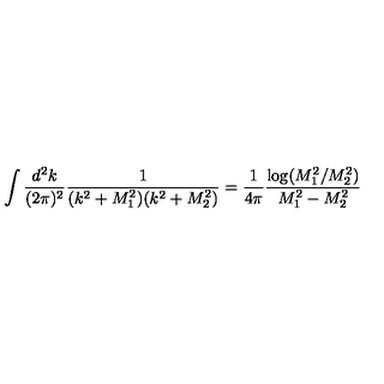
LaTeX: \int \frac { d ^ { 2 } k } { ( 2 \pi ) ^ { 2 } } \frac { 1 } { ( k ^ { 2 } + M _ { 1 } ^ { 2 } ) ( k ^ { 2 } + M _ { 2 } ^ { 2 } ) } = \frac { 1 } { 4 \pi } \frac { \log ( M _ { 1 } ^ { 2 } / M _ { 2 } ^ { 2 } ) } { M _ { 1 } ^ { 2 } - M _ { 2 } ^ { 2 } }